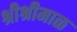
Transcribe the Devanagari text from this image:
श्रीश्रीमाळ